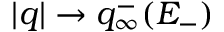
| q | \to q _ { \infty } ^ { - } ( E _ { - } )